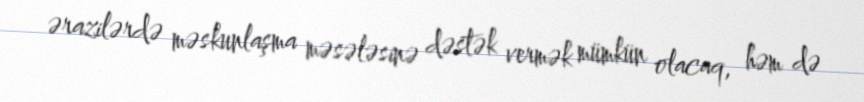
ərazilərdə məskunlaşma məsələsinə dəstək vermək mümkün olacaq, həm də